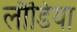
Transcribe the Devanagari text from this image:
लौंडिया